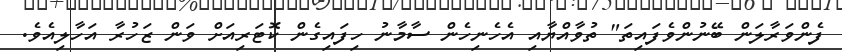
ފެންވަރާލަން ބޭނުންވެފައިތަ" ތުވާއްޔާއި އެހެނިހެން ސާމާނު ހިފައިގެން ކޮޓަރިއަށް ވަން ޒަހުރާ އަހާލިއެވެ.